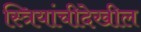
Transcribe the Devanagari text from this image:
स्त्रियांचीदेखील